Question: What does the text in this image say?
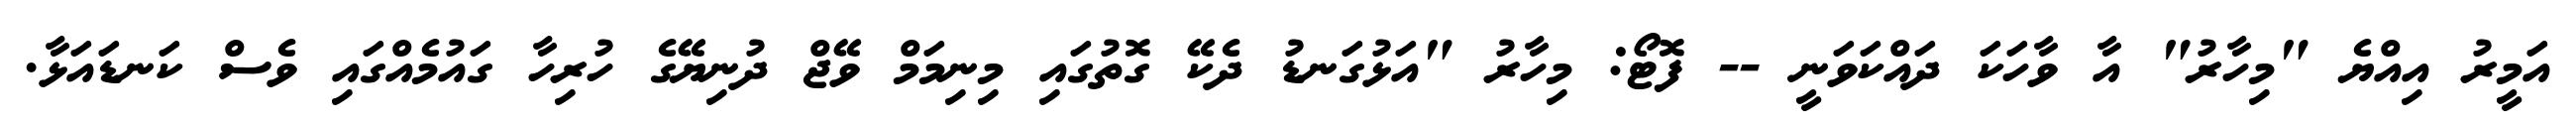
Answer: އަމީރު އިއްޔެ "މިހާރު" އާ ވާހަކަ ދައްކަވަނީ -- ފޮޓޯ: މިހާރު "އަޅުގަނޑު ދެކޭ ގޮތުގައި މިނިމަމް ވޭޖް ދުނިޔޭގެ ހުރިހާ ގައުމެއްގައި ވެސް ކަނޑައަޅާ.